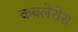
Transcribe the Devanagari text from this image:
कबलेरोस